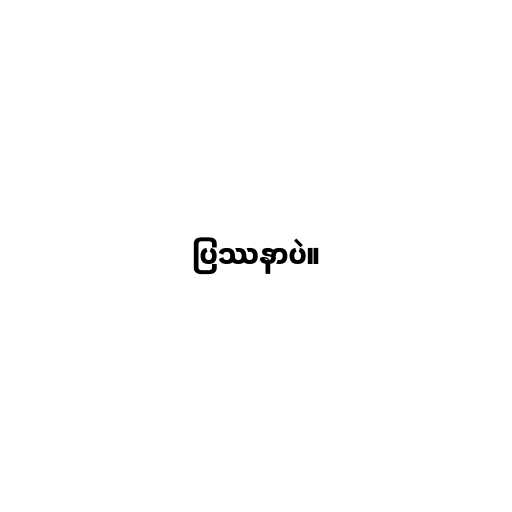
ပြဿနာပဲ။